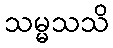
သမ္မသသိ